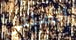
اتصلتي